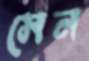
সেন